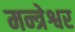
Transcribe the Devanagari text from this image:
मन्त्रेश्वर